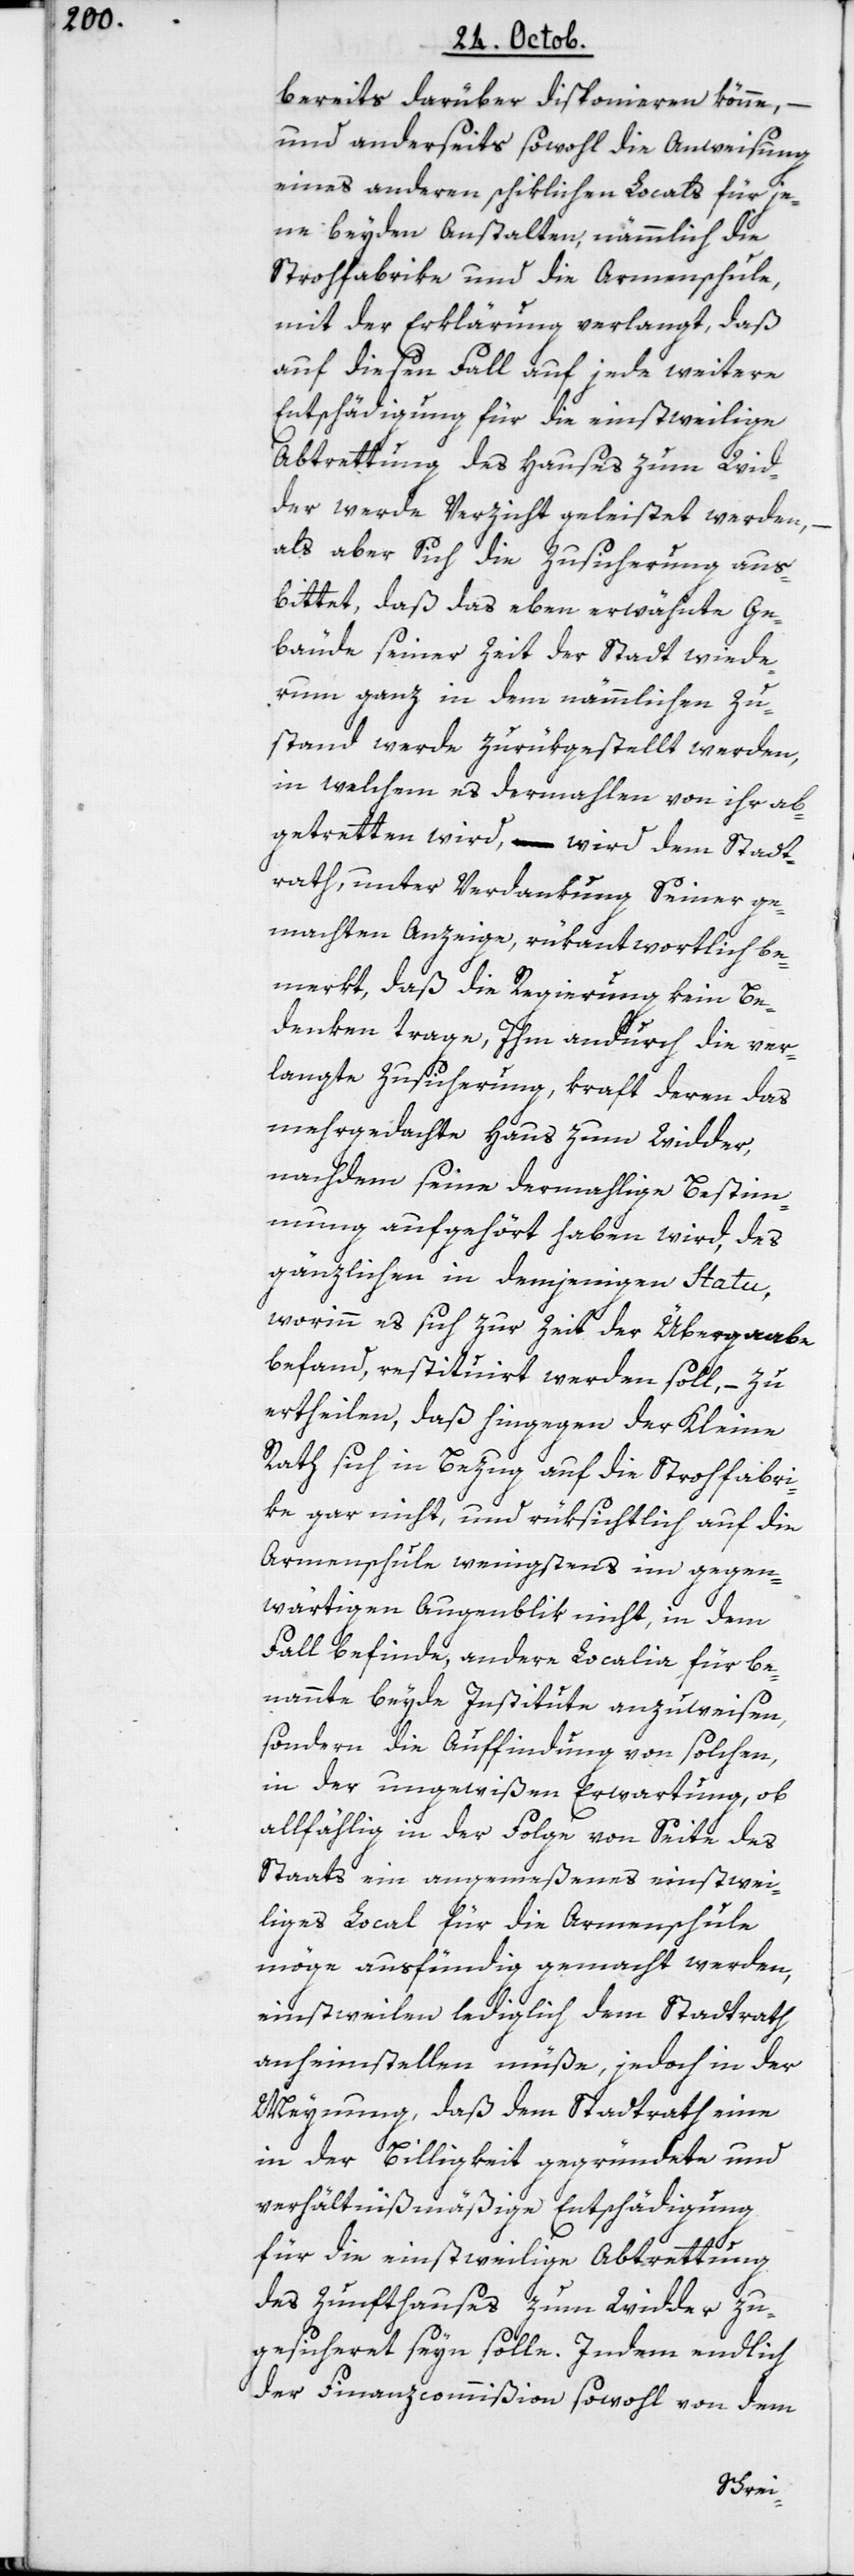
bereits darüber disponieren könne, –
und anderseits sowohl die Anweisung
eines anderen schiklichen Locals für je¬
ne beyden Anstalten, nämmlich die
Strohfabrike und die Armenschule,
mit der Erklärung verlangt, daß
auf diesen Fall auf jede weitere
Entschädigung für die einstweilige
Abtrettung des Hauses zum Wid¬
der werde Verzicht geleistet werden,
als aber Sich die Zusicherung aus¬
bittet, daß das eben erwähnte Ge¬
bäude seiner Zeit der Stadt wiede¬
rum ganz in dem nämmlichen Zu¬
stand werde zurükgestellt werden,
in welchem es dermahlen von ihr ab¬
getretten wird, – wird dem Stadt¬
rath, unter Verdankung seiner ge¬
machten Anzeige, rükantwortlich be¬
merkt, daß die Regierung kein Be¬
denken trage, Ihm andurch die ver¬
langte Zusicherung, kraft deren das
mehrgedachte Haus zum Widder,
nachdem seine dermahlige Bestim¬
mung aufgehört haben wird, des
Gänzlichen in demjenigen Statu,
worinn es sich zur Zeit der Übergaabe
befand, restituirt werden soll, – zu
ertheilen, daß hingegen der Kleine
Rath sich in Bezug auf die Strohfabri¬
ke gar nicht, und rüksichtlich auf die
Armenschule wenigstens im gegen¬
wärtigen Augenblik nicht, in dem
Fall befinde, andere Localia für be¬
nannte beyde Institute anzuweisen,
sondern die Auffindung von solchen,
in der ungewißen Erwartung, ob
allfählig in der Folge von Seite des
Staats ein angemeßenes einstwei¬
liges Local für die Armenschule
möge ausfündig gemacht werden,
einstweilen lediglich dem Stadtrath
anheimstellen müße, jedoch in der
Meynung, daß dem Stadtrath eine
in der Billigkeit gegründete und
verhältnißmäßige Entschädigung
für die einstweilige Abtrettung
des Zunfthauses zum Widder zu¬
gesicheret seyn solle. Indem endlich
der Finanzcommißion sowohl von dem